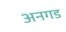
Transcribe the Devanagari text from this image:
अनगड